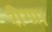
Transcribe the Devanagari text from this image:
रीगा।